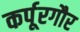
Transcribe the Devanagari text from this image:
कर्पूरगौर